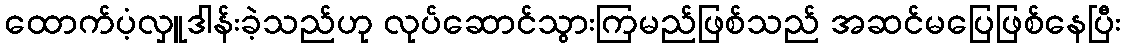
ထောက်ပံ့လှူဒါန်းခဲ့သည်ဟု လုပ်ဆောင်သွားကြမည်ဖြစ်သည် အဆင်မပြေဖြစ်နေပြီး